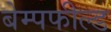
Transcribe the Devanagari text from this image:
बेम्पफील्ड